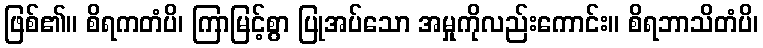
ဖြစ်၏။ စိရကတံပိ၊ ကြာမြင့်စွာ ပြုအပ်သော အမှုကိုလည်းကောင်း။ စိရဘာသိတံပိ၊